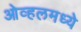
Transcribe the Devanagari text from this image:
ओव्हलमध्ये